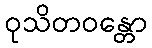
ဝုသိတဝန္တော